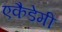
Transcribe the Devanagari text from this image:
एकैडेमी